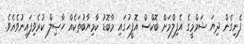
ފެނިގެން ދިޔަ ޝަމްމީގެ އެފިލްމަށް ބޮކްސް އޮފީހުގައި މާބޮޑު ކާމިޔާބުތަކެއް ހާޞިލް ކުރެވިފައިނުވެއެވެ.